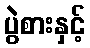
ပွဲစားနှင့်